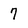
Character: 7